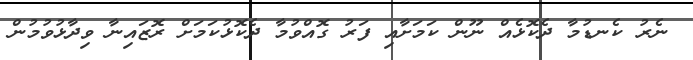
ނެރު ކެނޑުމާ ދެކޮޅެއް ނޫން ކަމަށާއި ފަރު ގޮއްވުމާ ދެކޮޅުކަމަށް ރޮޒައިނާ ވިދާޅުވުމުން